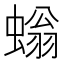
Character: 螉